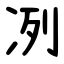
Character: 冽